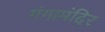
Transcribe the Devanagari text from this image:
गंगामंदिर